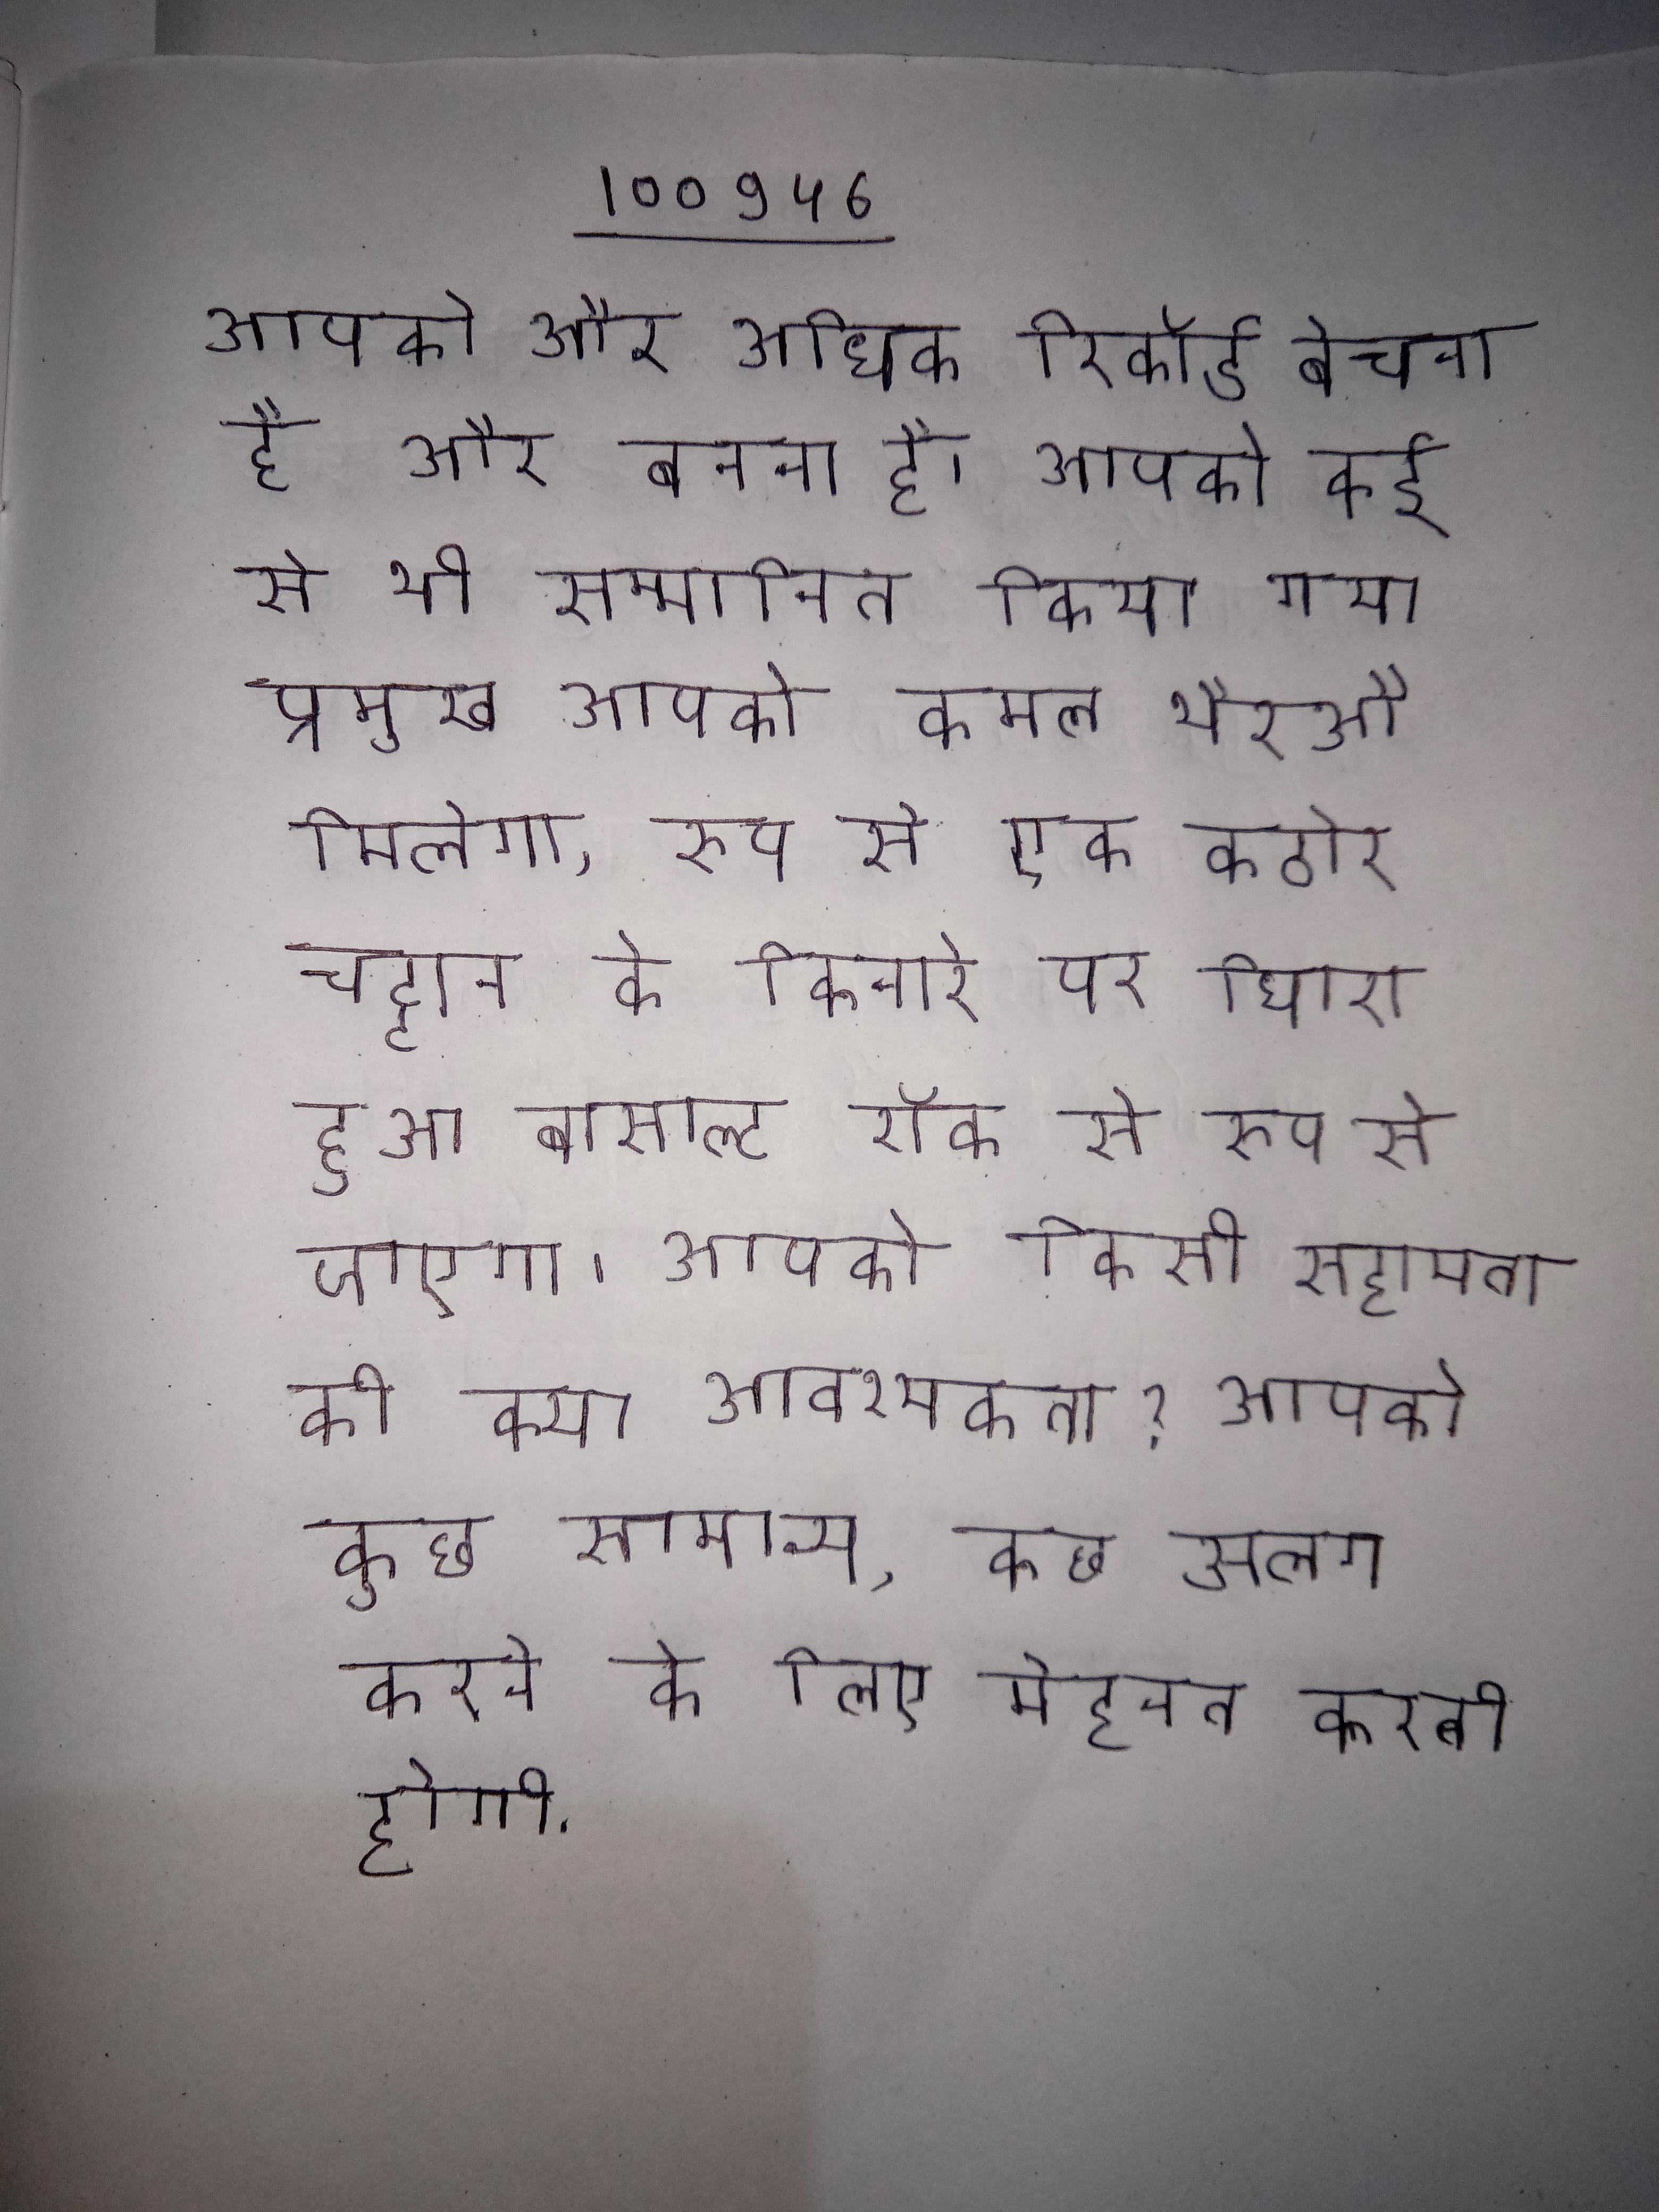
आपको और अधिक रिकॉर्ड बेचना है और बनना है । आपको कई से भी सम्मानित किया गया प्रमुख आपको कमल भैरओ मिलेगा, रूप से एक कठोर चट्टान के किनारे पर घिरा हुआ बासाल्ट रॉक से रूप से जाएगा । आपको किसी सहायता की क्या आवश्यकता? आपको कुछ सामान्य, कुछ अलग करने के लिए मेहनत करनी होगी .